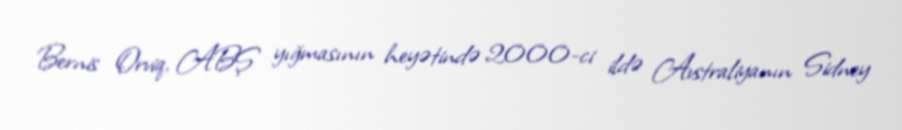
Bernis Orviq, ABŞ yığmasının heyətində 2000-ci ildə Avstraliyanın Sidney